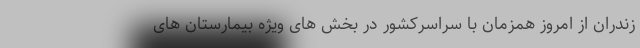
زندران از امروز همزمان با سراسرکشور در بخش های ویژه بیمارستان های